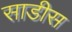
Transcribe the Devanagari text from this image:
साडीस